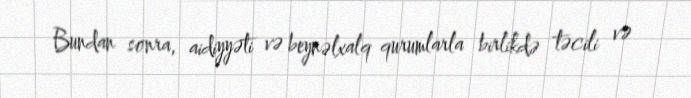
Bundan sonra, aidiyyəti və beynəlxalq qurumlarla birlikdə təcili və